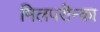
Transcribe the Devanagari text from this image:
मिलपरीन्का